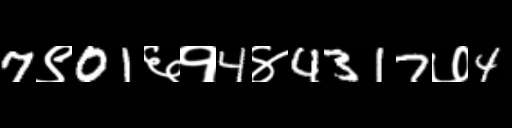
Text: 7९01६१4४4317७4